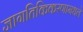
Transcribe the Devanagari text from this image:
जागतिकिकरणामधले